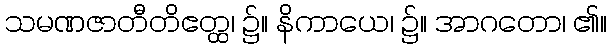
သမဏဇာတီတိဧတ္ထ၊ ၌။ နိကာယေ၊ ၌။ အာဂတော၊ ၏။